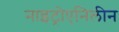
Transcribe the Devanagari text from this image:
नाइट्रोएनिलीन